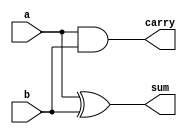
module half_add(a,b,sum,carry);
input a,b;
output reg sum,carry;
//data flow
//assign sum=a^b;
//assign carry=a&b; 
//behavioural
always@(a or b)begin
	sum=a^b;
	carry=a&b;
end
//gate style
//xor(sum,a,b);
//and(carry,a,b);
endmodule